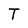
Character: T